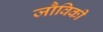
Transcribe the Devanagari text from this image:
जौविकी